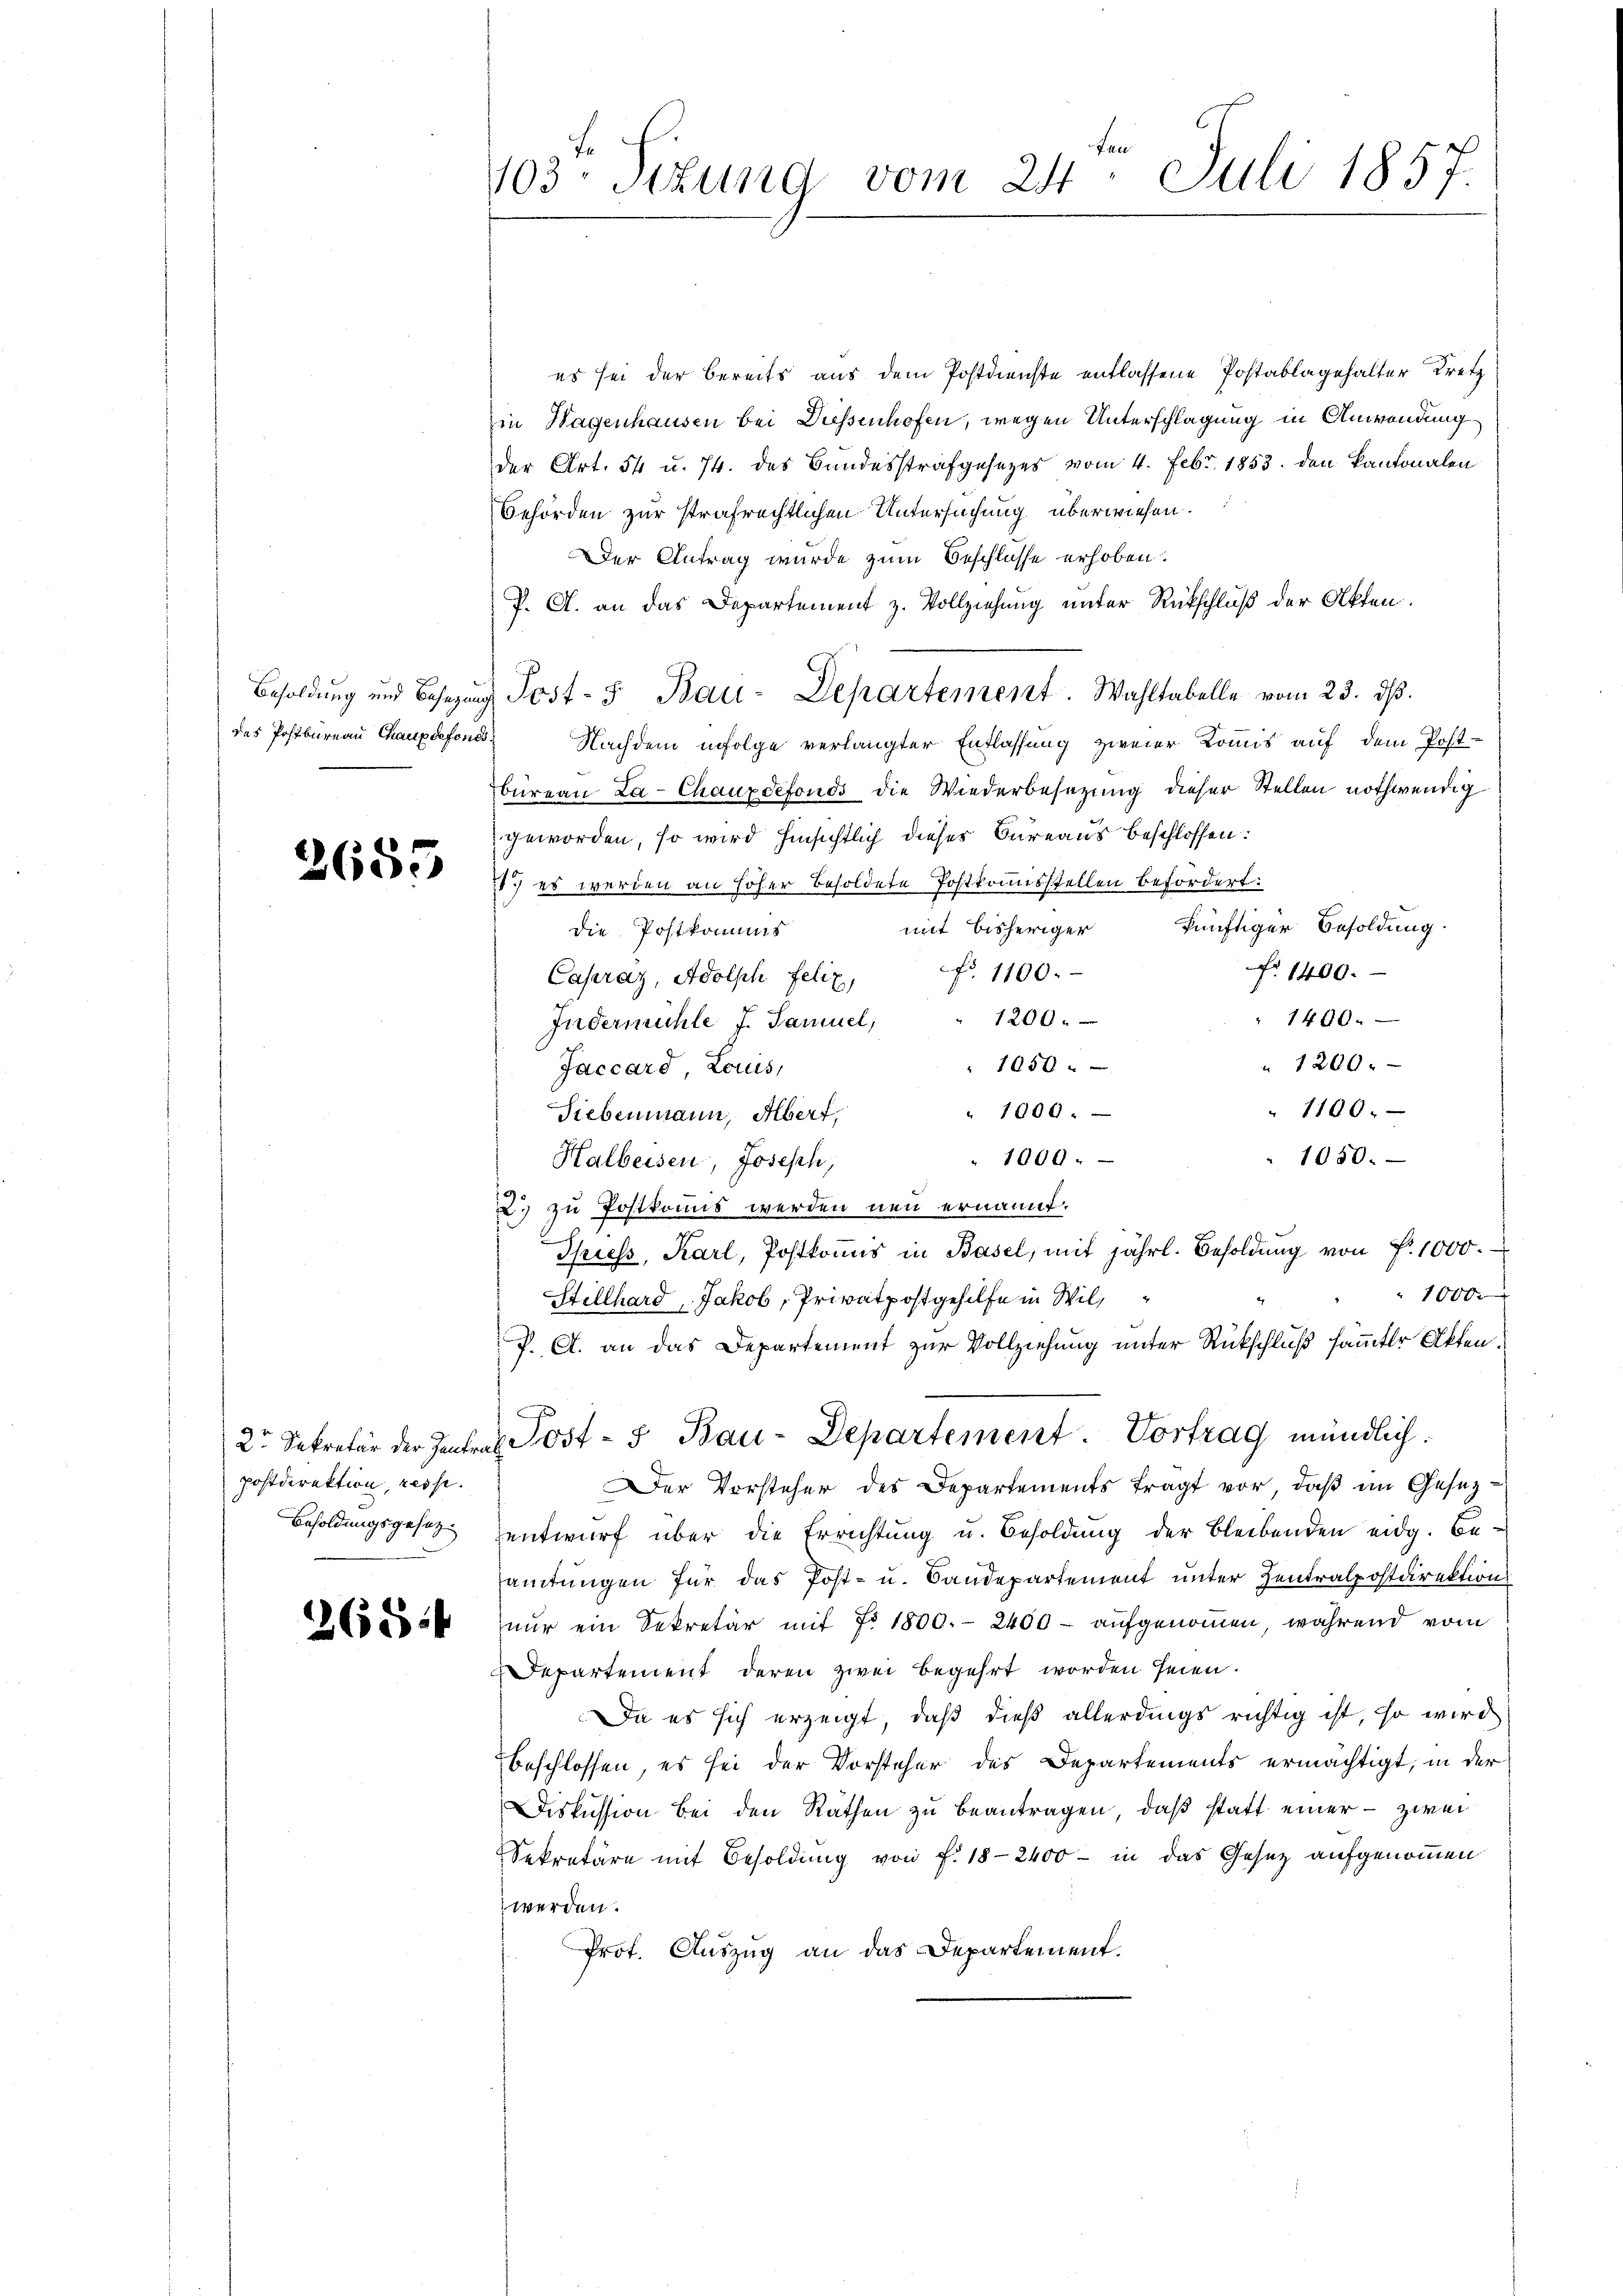
Besoldung und Besezen
des Postbureau Chaupsefon

2655

2te Sekretär der Zentri
postdirektion, resp.
Besoldungsgesetz

268 f

Lan
103. Sizung vom 24. Juli 1857

es sei der bereits aus dem Postdienste entlassene Postablagehalter Kretz
in Wagenhausen bei Diessenhofen, wegen Unterschlagung in Anwendung
der Art. 54 u. 74. des Bundesstrafgesetzes vom 4. Febr. 1853. den Kantonalen
Behörden zur strafrechtlichen Untersuchung überwiesen.
Der Antrag wurde zum Beschlusse erhoben.
P. A. an das Departement z. Vollziehung unter Rückschluß der Akten.
 Post- 5. Bau-Departement. Wahltabelle vom 23. ds.
2
Nachdem infolge verlangter Entlassung zweier Kommis auf dem Post¬
Büreau La-Chauxdefonds die Wiederbesezung dieser Stellen nothwendig
geworden, so wird hinsichtlich dieses Bureaus beschlossen:
77) es werden an höher Besoldete Postkommisstellen befördert:
künftiger Besoldung.
mit bisheriger
die Postkommis
 1400.
Capraz, Adolph Felix Fr. 1100.
" 1440.
1200
Indermühle J. Samuel,
" 1200.
1650 f 0
Jaccard, Louis,
1100.
" 1000.
Siebenmann, Albert,
" 1009.
1050.
Halbeisen, Joseph,
2. zu Postkomis werden neu ernannt.
Spiess, Karl, Postkomis in Basel, mit jährl. Besoldung von Fr. 1000.
10000
Stillhard Jakob, Privatpostgehilfe in Wil
P. C. an das Departement zur Vollziehung unter Rückschluß sammter Akten.
 Post- u Bau-Departement Vortrag mündlich.
Der Vorsteher des Departements fragt vor, daβ im Gesezentwurf über die Errichtung u. Besoldung der bleibenden eidg. Be-
amtungen für das Post- u. Bandepartement unter Zentralpostdirektion
nur ein Sekretär mit No 1800.- 2400 - aufgenommen, während vom
Departement deren zwei begehrt worden seien.
Da es sich erzeigt, daß dieß allerdings richtig ist, so wird
beschlossen, es sei der Vorsteher des Departements ermächtigt, in der
Diskussion bei den Räthen zu beantragen, daß statt einer - zwei
Sekretäre mit Besoldung von f. 18-2400 - in das Gesetz aufgenommen
werden.
Prof. Auszug an das Departement.